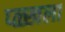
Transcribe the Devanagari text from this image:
प्ळ्खला